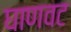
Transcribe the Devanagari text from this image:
घाणवट